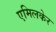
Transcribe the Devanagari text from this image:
एमिलकेर